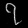
Digit: ၇